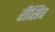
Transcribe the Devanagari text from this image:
रीसिव